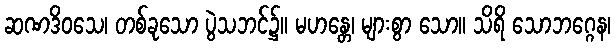
ဆဏဒိဝသေ၊ တစ်ခုသော ပွဲသဘင်၌။ မဟန္တေ၊ များစွာ သော။ သိရိ သောဘဂ္ဂေန၊